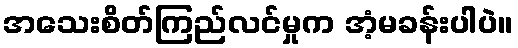
အသေးစိတ်ကြည်လင်မှုက အံ့မခန်းပါပဲ။